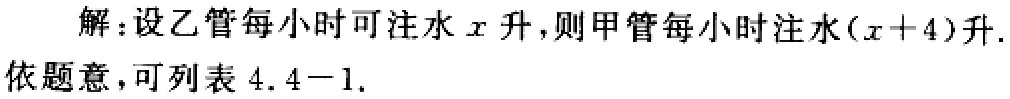
解：设乙管每小时可注水\(x\)升，则甲管每小时注水\((x + 4)\)升.
依题意，可列表 \(4.4 - 1\).